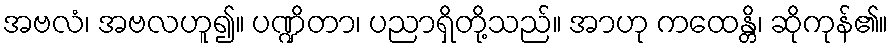
အဗလံ၊ အဗလဟူ၍။ ပဏ္ဍိတာ၊ ပညာရှိတို့သည်။ အာဟု ကထေန္တိ၊ ဆိုကုန်၏။